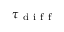
\tau _ { \mathrm { ~ d ~ i ~ f ~ f ~ } }